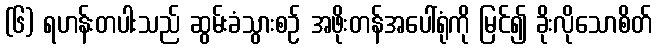
(၆) ရဟန်းတပါးသည် ဆွမ်းခံသွားစဉ် အဖိုးတန်အပေါ်ရုံကို မြင်၍ ခိုးလိုသောစိတ်